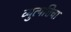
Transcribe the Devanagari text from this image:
व्युत्पत्तिचा